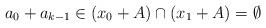
LaTeX: \begin{align*}a_0+a_{k-1} \in (x_0 + A) \cap (x_1 + A) = \emptyset\end{align*}